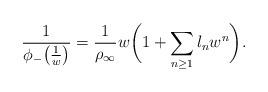
LaTeX: \begin{gather*}\frac1{\phi_-\big(\frac1{w}\big)}=\frac1{\rho_{\infty}}w\bigg(1+\sum\limits_{n\ge1}l_nw^{n}\bigg).\end{gather*}